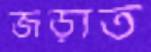
জড়াত